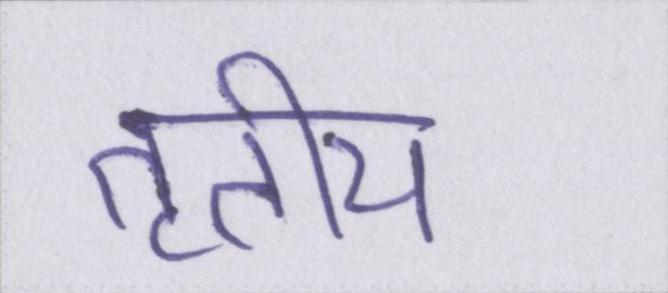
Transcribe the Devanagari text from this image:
तृतीय